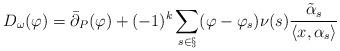
LaTeX: \begin{align*}D_\omega(\varphi)=\bar{\partial}_P(\varphi)+(-1)^k\sum_{s\in\S} (\varphi-\varphi_s)\nu(s)\frac{\tilde{\alpha}_s}{\langle x,\alpha_s\rangle}\end{align*}